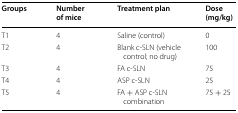
<table><thead><tr><td><b>Groups</b></td><td><b>Number of mice</b></td><td><b>Treatment plan</b></td><td><b>Dose (mg/kg)</b></td></tr></thead><tbody><tr><td>T1</td><td>4</td><td>Saline (control)</td><td>0</td></tr><tr><td>T2</td><td>4</td><td>Blank c-SLN (vehicle control; no drug)</td><td>100</td></tr><tr><td>T3</td><td>4</td><td>FA c-SLN</td><td>75</td></tr><tr><td>T4</td><td>4</td><td>ASP c-SLN</td><td>25</td></tr><tr><td>T5</td><td>4</td><td>FA + ASP c-SLN combination</td><td>75 + 25</td></tr></tbody></table>